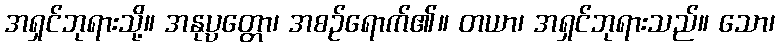
အရှင်ဘုရားသို့။ အနုပ္ပတ္တော၊ အစဉ်ရောက်၏။ တယာ၊ အရှင်ဘုရားသည်။ သော၊